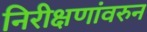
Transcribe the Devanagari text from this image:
निरीक्षणांवरुन